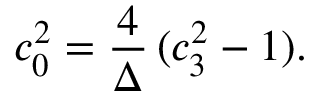
c _ { 0 } ^ { 2 } = { \frac { 4 } { \Delta } } \, ( c _ { 3 } ^ { 2 } - 1 ) .